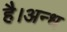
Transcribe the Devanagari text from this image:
है।अन्ध